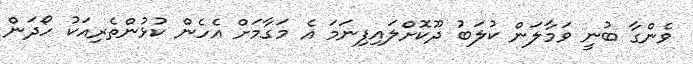
ވެންގާ ބުނީ ވަމާލަން ކުލަބު ދޫކޮށްލައިފިނަމަ އެ މަގާމަށް އެހެން ކުޅުންތެރިއަކު ހޯދަން